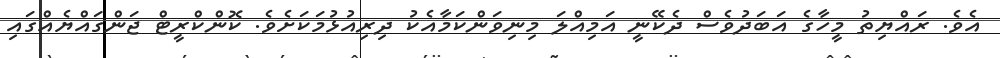
އެވެ. ރައްޔިތު މީހާގެ އަބަދުވެސް ދެކޭނީ އަމިއްލަ މިނިވަންކަމާއެކު ދިރިއުޅުމަކަށެވެ. ކޮންކްރީޓް ޖަންގައްޔެއްގައި